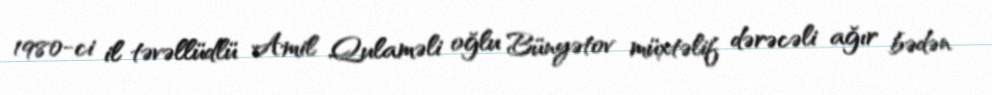
1980-ci il təvəllüdlü Amil Qulaməli oğlu Bünyətov müxtəlif dərəcəli ağır bədən